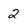
Character: 2